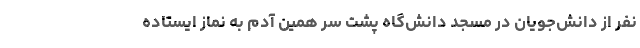
نفر از دانش‌جویان در مسجد دانش‌گاه پشت سر همین آدم به نماز ایستاده